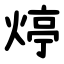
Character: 㷚